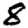
Digit: 8